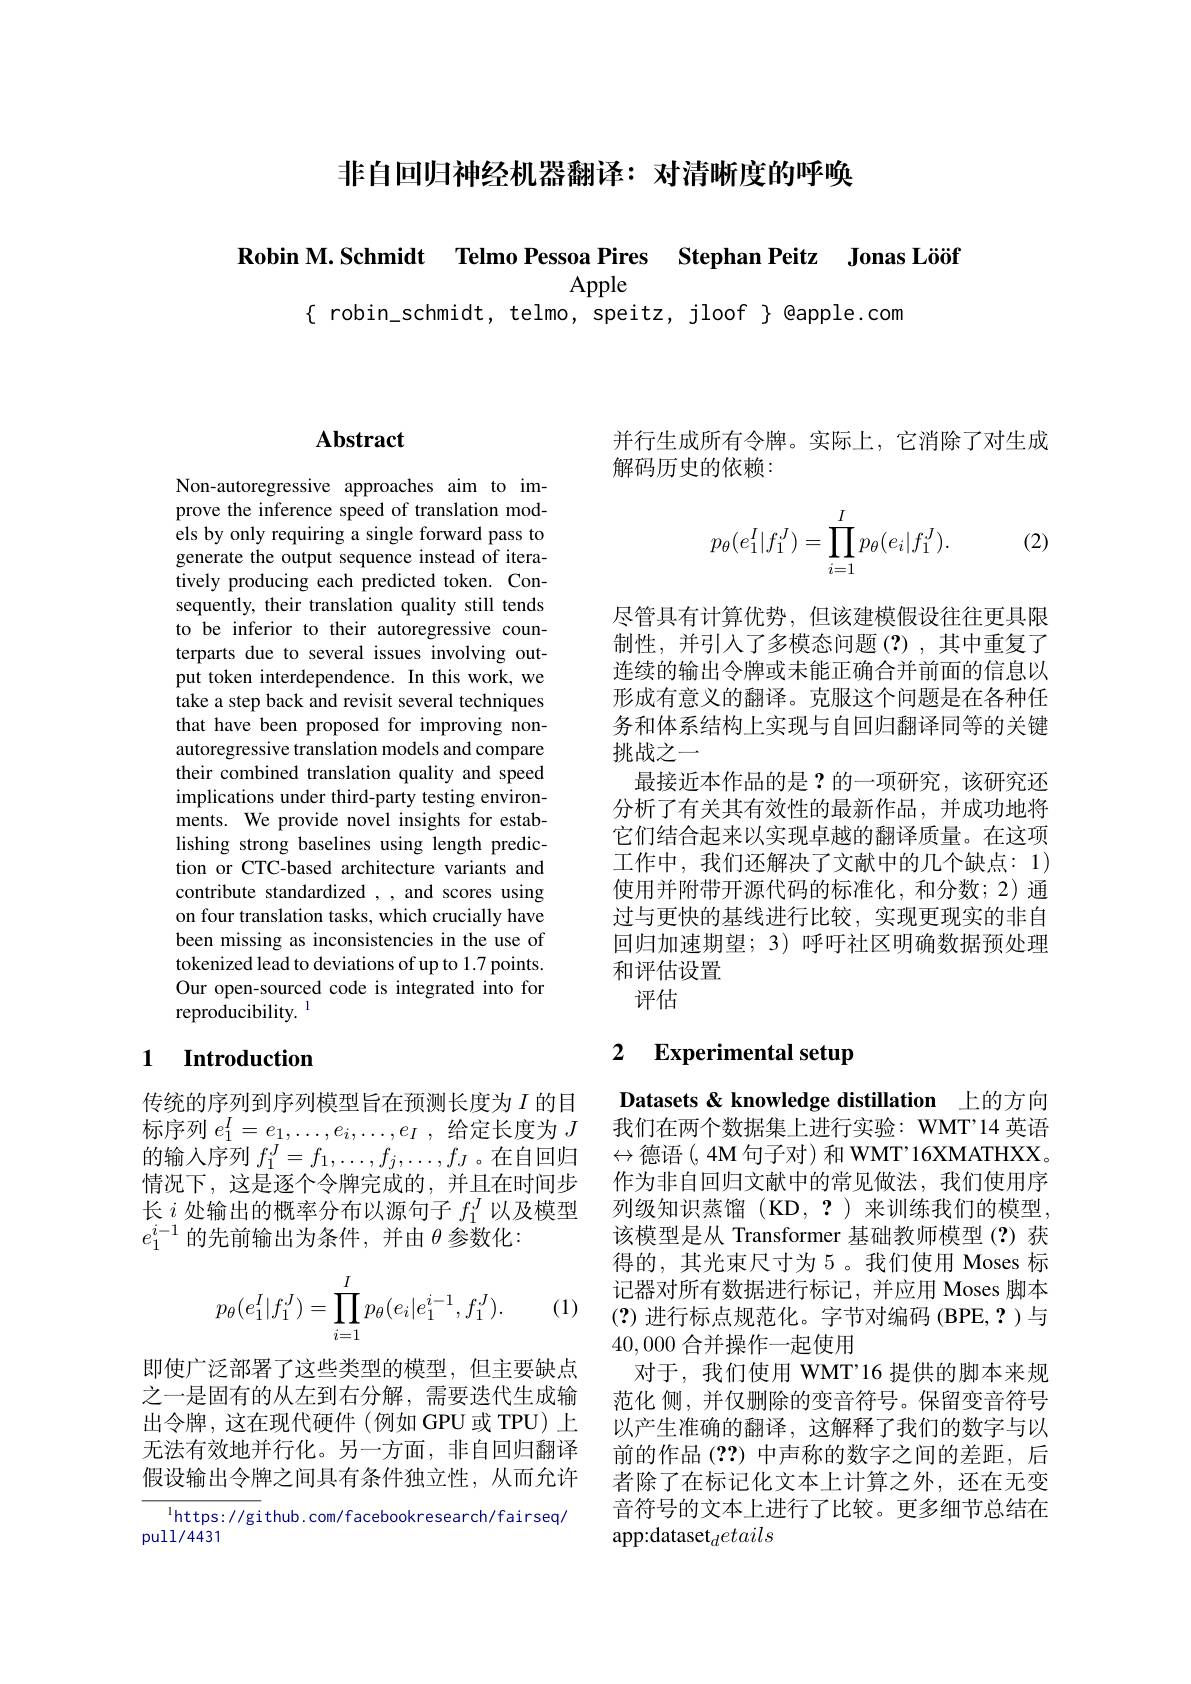
非自回归神经机器翻译：对清晰度的呼唤

Robin M.Schmidt Telmo Pessoa Pires Stephan Peitz Jonas Lööt

$\{$ robin\_schmidt, telmo, speitz, jloof $\}$ @apple.com

## $\mathbf{Abstract}$

Non-autoregressive approaches aim to improve the inference speed of translation models by only requiring a single forward pass to generate the output sequence instead of iteratively producing each predicted token. Consequently, their translation quality still tends to be inferior to their autoregressive counterparts due to several issues involving output token interdependence. In this work, we take a step back and revisit several techniques that have been proposed for improving nonautoregressive translation models and compare their combined translation quality and speed implications under third-party testing environments. We provide novel insights for establishing strong baselines using length prediction or CTC-based architecture variants and contribute standardized , and scores using on four translation tasks, which crucially have been missing as inconsistencies in the use of tokenized lead to deviations of up to 1.7 points. Our open-sourced code is integrated into for reproducibility. $^{\mathrm{l}}$

# 1 Introduction

传统的序列到序列模型旨在预测长度为$I$ 的目标序列$e_1^I=e_1,\ldots,e_i,\ldots,e_I$ ,给定长度为$J$ 的输入序列$f_1^J=f_1,\ldots,f_j,\ldots,f_J$ 。在自回归情况下，这是逐个令牌完成的，并且在时间步长$i$处输出的概率分布以源句子$f_1^J$以及模型$e_1^{i-1}$ 的先前输出为条件，并由$\theta$参数化：
$$p_\theta(e_1^I|f_1^J)=\prod_{i=1}^Ip_\theta(e_i|e_1^{i-1},f_1^J).$$
(1)

即使广泛部署了这些类型的模型，但主要缺点之一是固有的从左到右分解，需要迭代生成输出令牌，这在现代硬件(例如GPU或TPU)上无法有效地并行化。另一方面，非自回归翻译假设输出令牌之间具有条件独立性，从而允许

$^{1}$https: //gi thub. com/facebookresearch/fairseq/
pull/4431

并行生成所有令牌。实际上，它消除了对生成
解码历史的依赖：

(2)
$$p_\theta(e_1^I|f_1^J)=\prod_{i=1}^Ip_\theta(e_i|f_1^J).$$
尽管具有计算优势，但该建模假设往往更具限制性，并引入了多模态问题(?),其中重复了连续的输出令牌或未能正确合并前面的信息以形成有意义的翻译。克服这个问题是在各种任务和体系结构上实现与自回归翻译同等的关键挑战之一
最接近本作品的是？的一项研究，该研究还分析了有关其有效性的最新作品，并成功地将它们结合起来以实现卓越的翻译质量。在这项工作中，我们还解决了文献中的几个缺点：1) 使用并附带开源代码的标准化，和分数；2)通过与更快的基线进行比较，实现更现实的非自回归加速期望；3)呼吁社区明确数据预处理和评估设置
评估

## 2 Experimental setup

Datasets & knowledge distillation 上的方向我们在两个数据集上进行实验：WMT’14 英语$\leftrightarrow$德语(,4M 句子对)和 WMT'16XMATHXX。作为非自回归文献中的常见做法，我们使用序列级知识蒸馏(KD,?)来训练我们的模型， 该模型是从 Transformer 基础教师模型(?)获得的，其光束尺寸为5。我们使用 Moses 标记器对所有数据进行标记，并应用 Moses 脚本(?)进行标点规范化。字节对编码 (BPE,?)与40,000合并操作一起使用
对于，我们使用 WMT’16 提供的脚本来规范化 侧，并仅删除的变音符号。保留变音符号以产生准确的翻译，这解释了我们的数字与以前的作品(??) 中声称的数字之间的差距，后者除了在标记化文本上计算之外，还在无变音符号的文本上进行了比较。更多细节总结在app:dataset$_details$